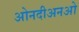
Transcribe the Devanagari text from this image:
ओनदीअनओ